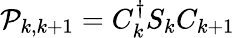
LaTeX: \mathcal{P}_{k,k+1}=C_{k}^{\dagger}S_{k}C_{k+1}